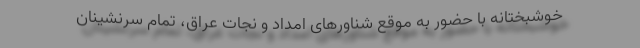
خوشبختانه با حضور به موقع شناورهای امداد و نجات عراق، تمام سرنشینان